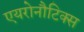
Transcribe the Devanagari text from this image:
एयरोनौटिक्स